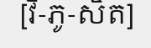
[វិ-ភូ-សិត]